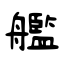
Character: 艦